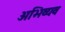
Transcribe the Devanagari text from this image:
अभिव्यव